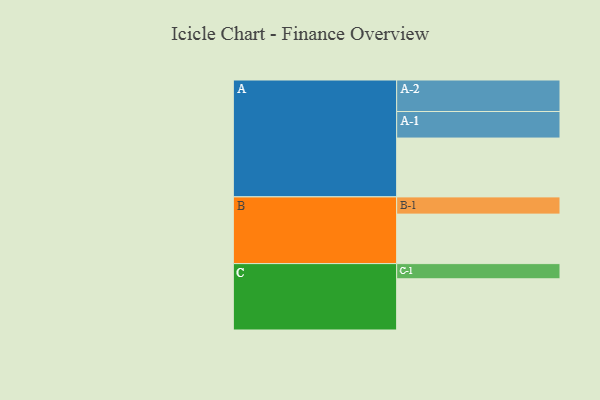
{"axis": {"x": "Segment", "y": "Value"}, "legend": ["", "A", "B", "C"], "data": [{"x": "A", "y": 523, "type": ""}, {"x": "B", "y": 440, "type": ""}, {"x": "C", "y": 455, "type": ""}, {"x": "A-1", "y": 236, "type": "A"}, {"x": "A-2", "y": 280, "type": "A"}, {"x": "B-1", "y": 153, "type": "B"}, {"x": "C-1", "y": 135, "type": "C"}]}